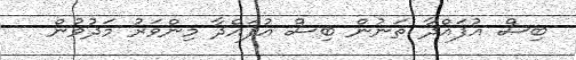
ބިސް އުފައްދާ ތަނުން ބިސް އުފައްދާ މިންވަރު މަދުވުން